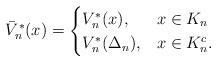
LaTeX: \begin{align*}\bar{V}_n^*(x) = \begin{cases}V_n^*(x), & x\in K_n \\V_n^*(\Delta_n) , & x \in K_n^c.\end{cases}\end{align*}